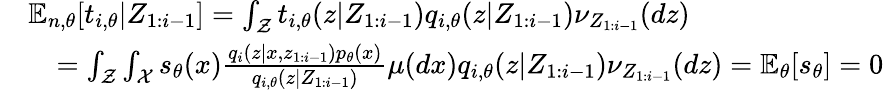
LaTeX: \begin{array}{rl}&{{\mathbb E}_{n,\theta}[t_{i,\theta}|Z_{1:i-1}]=\int_{\mathcal Z}t_{i,\theta}(z|Z_{1:i-1})q_{i,\theta}(z|Z_{1:i-1})\nu_{Z_{1:i-1}}(dz)}\\ &{\quad=\int_{\mathcal Z}\int_{\mathcal X}s_{\theta}(x)\frac{q_{i}(z|x,z_{1:i-1})p_{\theta}(x)}{q_{i,\theta}(z|Z_{1:i-1})}\mu(dx)q_{i,\theta}(z|Z_{1:i-1})\nu_{Z_{1:i-1}}(dz)={\mathbb E}_{\theta}[s_{\theta}]=0}\end{array}